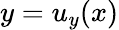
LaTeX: y=u_{y}(x)